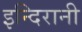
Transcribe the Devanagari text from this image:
इन्दिरानी